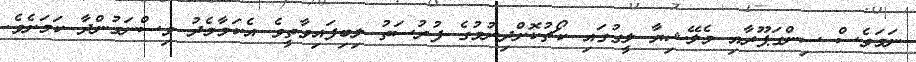
ނަމަވެސް ސިންގަޕޫރާއި މެލޭޝިޔާ ލީގުގައި ކޯޗުކޮށްދިނުމުގެ ފުރުސަތު ލިބިފައިވާތީވެ އެކަމާމެދު ވިސްނަމުންދާ ކަމަށެވެ.